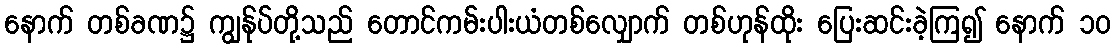
နောက် တစ်ခဏ၌ ကျွန်ုပ်တို့သည် တောင်ကမ်းပါးယံတစ်လျှောက် တစ်ဟုန်ထိုး ပြေးဆင်းခဲ့ကြ၍ နောက် ၁၀